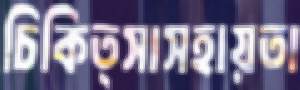
চিকিত্সাসহায়তা